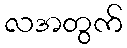
လအတွက်